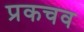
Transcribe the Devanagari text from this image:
प्रकचव